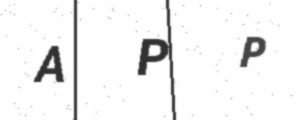
Text: APP